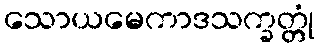
သောယမေကာဒသက္ခတ္တုံ